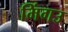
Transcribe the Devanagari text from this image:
मिंगउ